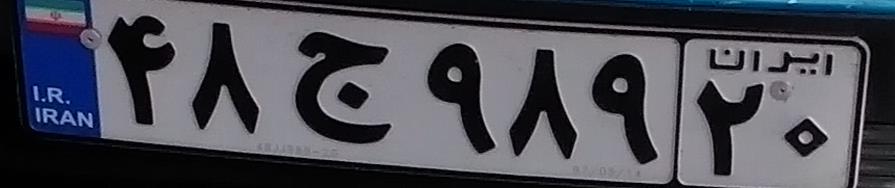
۴۸ج۹۸۹۲۰